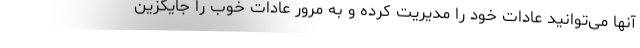
آنها می‌توانید عادات خود را مدیریت کرده و به مرور عادات خوب را جایگزین